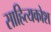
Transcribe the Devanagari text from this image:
साहित्यकोश